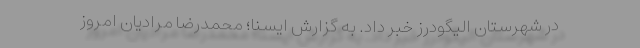
در شهرستان الیگودرز خبر داد. به گزارش ایسنا؛ محمدرضا مرادیان امروز